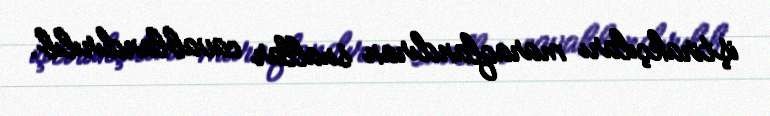
iştirakçıları maraqlandıran suallar cavablandırılıb.